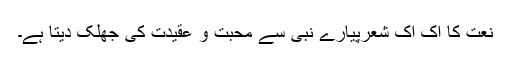
نعت کا اک اک شعرپیارے نبی سے محبت و عقیدت کی جھلک دیتا ہے۔